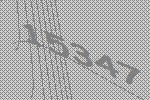
15347